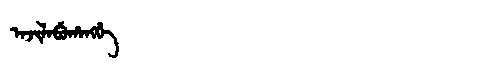
Manchu: ᠠᠵᡳᠯᠠᠪᡠᡥᠠᠩᡤᡝ
Romanization: AJILABUHANGGE